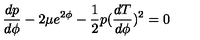
\frac { d p } { d \phi } - 2 \mu e ^ { 2 \phi } - \frac { 1 } { 2 } p ( \frac { d T } { d \phi } ) ^ { 2 } = 0